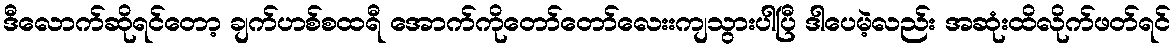
ဒီလောက်ဆိုရင်တော့ ချက်ဟစ်စထရီ အောက်ကိုတော်တော်လေးးကျသွားပါပြီ ဒါပေမဲ့လည်း အဆုံးထိလိုက်ဖတ်ရင်